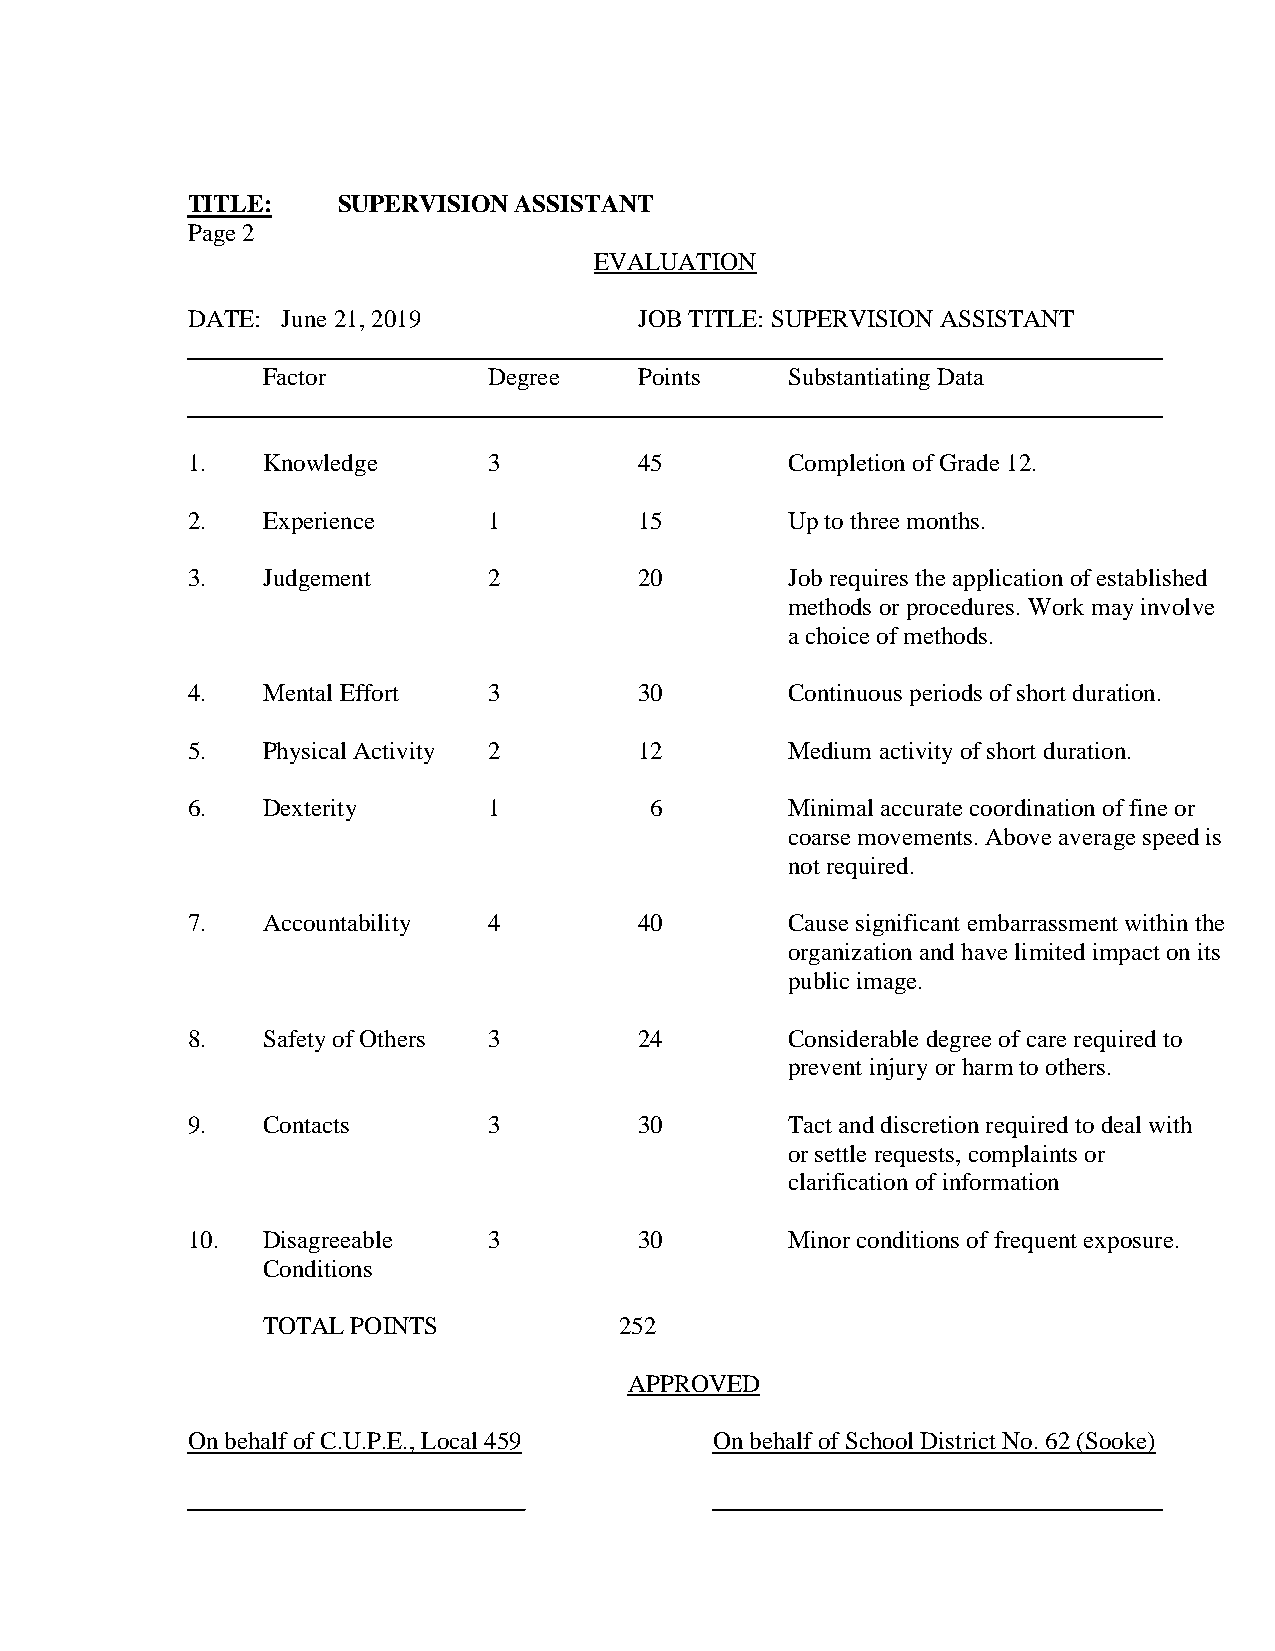
TITLE:    SUPERVISION ASSISTANT
 Page 2
 EVALUATION
 DATE:  June 21, 2019          JOB TITLE: SUPERVISION ASSISTANT
 Factor         Degree    Points    Substantiating Data
 1.   Knowledge      3         45        Completion of Grade 12.
 2.   Experience     1         15        Up to three months.
 3.   Judgement      2         20        Job requires the application of established
 methods or procedures. Work may involve
 a choice of methods.
 4.   Mental Effort  3         30        Continuous periods of short duration.
 5.   Physical Activity 2      12        Medium activity of short duration.
 6.   Dexterity      1          6        Minimal accurate coordination of fine or
 coarse movements. Above average speed is
 not required.
 7.   Accountability 4         40        Cause significant embarrassment within the
 organization and have limited impact on its
 public image.
 8.   Safety of Others 3       24        Considerable degree of care required to
 prevent injury or harm to others.
 9.   Contacts       3         30        Tact and discretion required to deal with
 or settle requests, complaints or
 clarification of information
 10.  Disagreeable   3         30        Minor conditions of frequent exposure.
 Conditions
 TOTAL POINTS            252
 APPROVED
 On behalf of C.U.P.E., Local 459   On behalf of School District No. 62 (Sooke)
 ___                                     ______